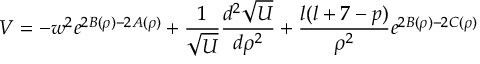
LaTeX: V = - w ^ { 2 } e ^ { 2 B ( \rho ) - 2 A ( \rho ) } + \frac { 1 } { \sqrt U } \frac { d ^ { 2 } \sqrt U } { d \rho ^ { 2 } } + \frac { l ( l + 7 - p ) } { \rho ^ { 2 } } e ^ { 2 B ( \rho ) - 2 C ( \rho ) }